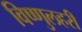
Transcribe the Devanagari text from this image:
विष्णुलहरी